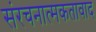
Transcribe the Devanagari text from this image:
संरचनात्मकतावाद